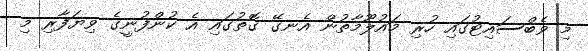
މި ވެބްސައިޓުގައި ހުރި މައުލޫމާތުން އެނގޭ ގޮތުގައި އެ ކުންފުނީގެ ވިޔަފާރި މި